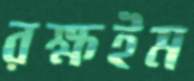
রক্ষইম